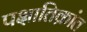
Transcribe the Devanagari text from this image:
पक्षातिक्रांत